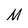
Character: M